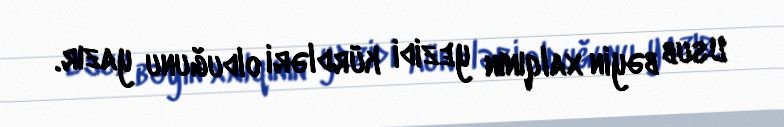
Usub bəyin xalqının yezidi kürdləri olduğunu yazır.